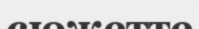
сюжетте